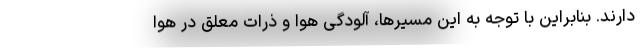
دارند. بنابراین با توجه به این مسیرها، آلودگی هوا و ذرات معلق در هوا